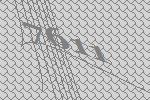
7611